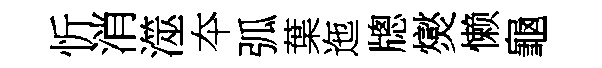
忻消澨夲弧葉迤牕爕懒龜